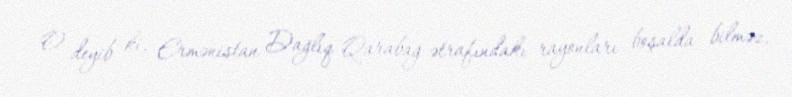
O deyib ki, Ermənistan Dağlıq Qarabağ ətrafındakı rayonları boşalda bilməz,